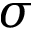
\sigma